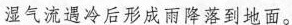
湿气流遇冷后形成雨降落到地面。